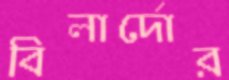
বিলার্দোর